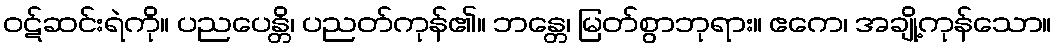
ဝဋ်ဆင်းရဲကို။ ပညပေန္တိ၊ ပညတ်ကုန်၏။ ဘန္တေ၊ မြတ်စွာဘုရား။ ဧကေ၊ အချို့ကုန်သော။